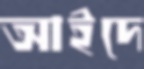
আইদে